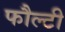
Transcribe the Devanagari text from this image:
फौल्टी